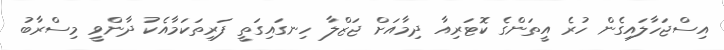
އިސްޖަހާލައިގެން ހުރެ އީތަންގެ ކޮޓަރިއާ ދިމާއަށް ޖަޒްލާ ހިނގައިގަތީ ފަރިތަކަމާއެކު ދާންވީ މިސްރާބު